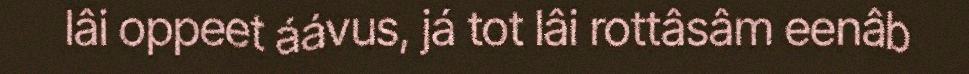
lâi oppeet áávus, já tot lâi rottâsâm eenâb